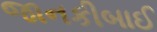
જાનકીબાઈ